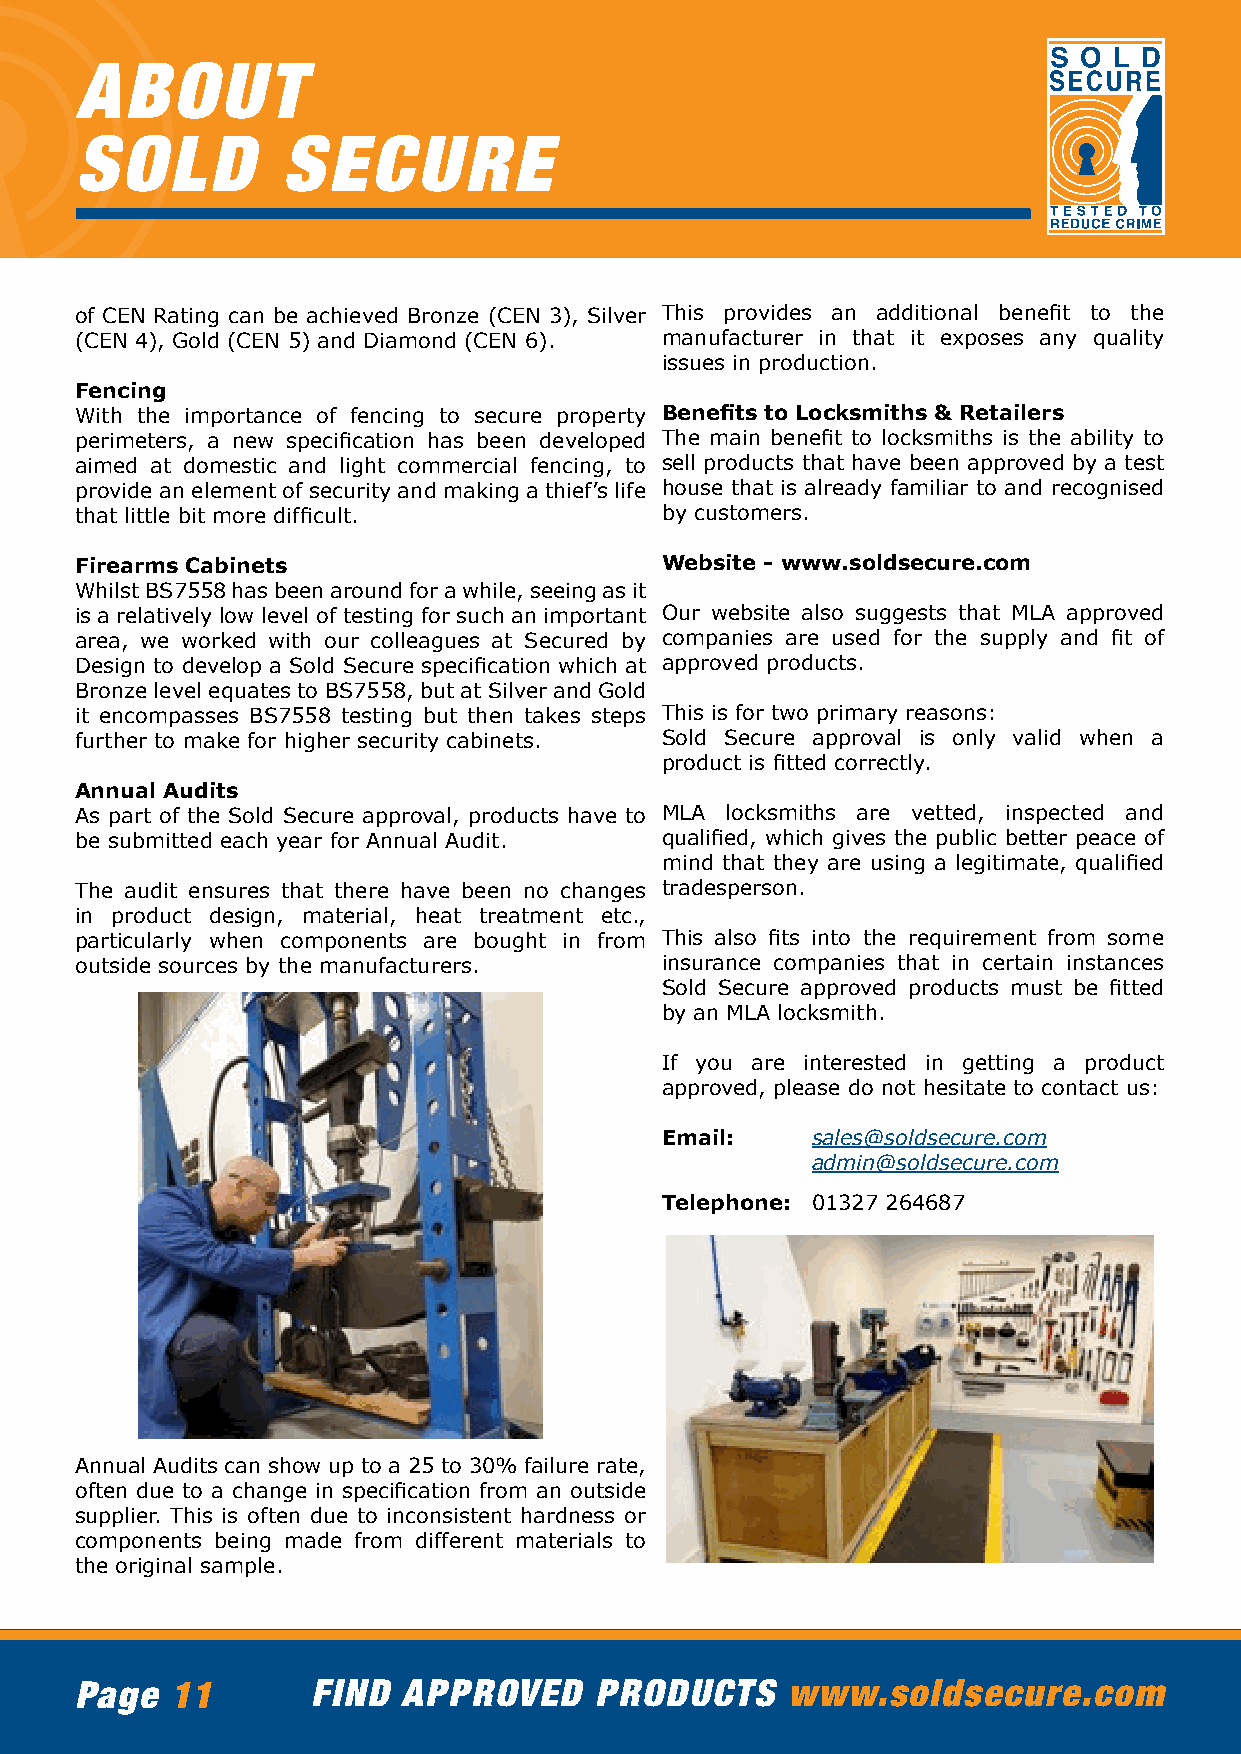
ABOUT
 SOLD          SECURE
 of CEN Rating can be achieved Bronze (CEN 3), Silver This provides an additional benefit to the
 (CEN 4), Gold (CEN 5) and Diamond (CEN 6). manufacturer in that it exposes any quality
 issues in production.
 Fencing
 With the importance of fencing to secure property Benefits to Locksmiths & Retailers
 perimeters, a new specification has been developed The main benefit to locksmiths is the ability to
 aimed at domestic and light commercial fencing, to sell products that have been approved by a test
 provide an element of security and making a thief’s life house that is already familiar to and recognised
 that little bit more difficult.        by customers.
 Firearms Cabinets                      Website - www.soldsecure.com
 Whilst BS7558 has been around for a while, seeing as it
 is a relatively low level of testing for such an important Our website also suggests that MLA approved
 area, we worked with our colleagues at Secured by companies are used for the supply and fit of
 Design to develop a Sold Secure specification which at approved products.
 Bronze level equates to BS7558, but at Silver and Gold
 it encompasses BS7558 testing but then takes steps This is for two primary reasons:
 further to make for higher security cabinets. Sold Secure approval is only valid when a
 product is fitted correctly.
 Annual Audits
 As part of the Sold Secure approval, products have to MLA locksmiths are vetted, inspected and
 be submitted each year for Annual Audit. qualified, which gives the public better peace of
 mind that they are using a legitimate, qualified
 The audit ensures that there have been no changes tradesperson.
 in product design, material, heat treatment etc.,
 particularly when components are bought in from This also fits into the requirement from some
 outside sources by the manufacturers.  insurance companies that in certain instances
 Sold Secure approved products must be fitted
 by an MLA locksmith.
 If you are interested in getting a product
 approved, please do not hesitate to contact us:
 Email:    sales@soldsecure.com
 admin@soldsecure.com
 Telephone: 01327 264687
 Annual Audits can show up to a 25 to 30% failure rate,
 often due to a change in specification from an outside
 supplier. This is often due to inconsistent hardness or
 components being made from different materials to
 the original sample.
 Page  11        FIND  APPROVED    PRODUCTS     www.soldsecure.com